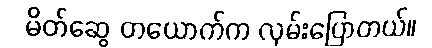
မိတ်ဆွေ တယောက်က လှမ်းပြောတယ်။